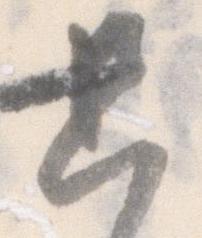
只